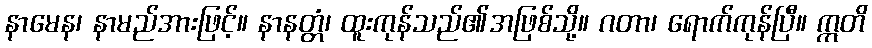
နာမေန၊ နာမည်အားဖြင့်။ နာနတ္တံ၊ ထူးကုန်သည်၏အဖြစ်သို့။ ဂတာ၊ ရောက်ကုန်ပြီ။ ဣတိ